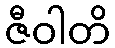
ဇီဝါတိ